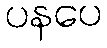
ပနပေ